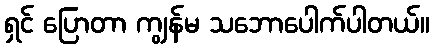
ရှင် ပြောတာ ကျွန်မ သဘောပေါက်ပါတယ်။